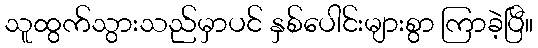
သူထွက်သွားသည်မှာပင် နှစ်ပေါင်းများစွာ ကြာခဲ့ပြီ။